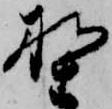
野